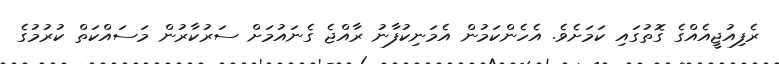
ރެފިއުޖީއެއްގެ ގޮތުގައި ކަމަށެވެ. އެހެންކަމުން އެމަނިކުފާނު ރާއްޖެ ގެނައުމަށް ސަރުކާރުން މަސައްކަތް ކުރުމުގެ